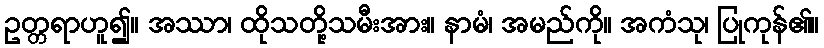
ဥတ္တရာဟူ၍။ အဿာ၊ ထိုသတို့သမီးအား။ နာမံ၊ အမည်ကို။ အကံသု၊ ပြုကုန်၏။